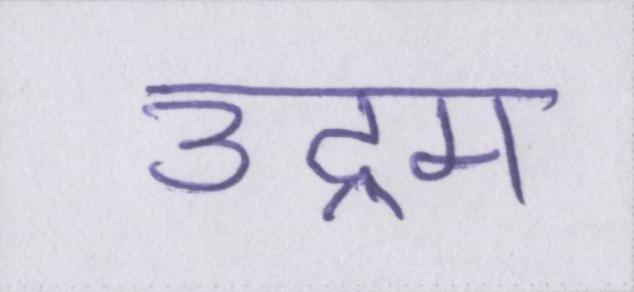
उद्गम